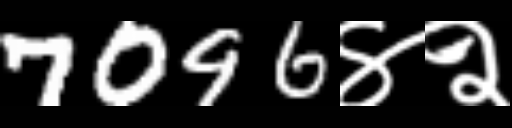
Text: 7096४२